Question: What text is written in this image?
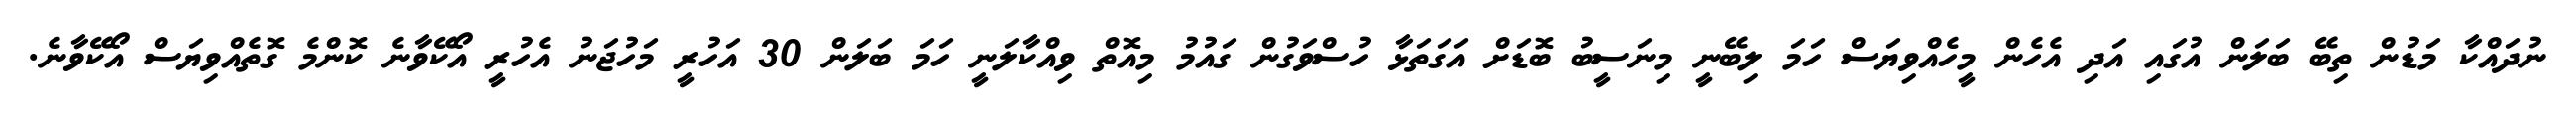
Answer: ނުދައްކާ މަޑުން ތިބޭ ބަލަން އުގައި އަދި އެހެން މީހެއްވިޔަސް ހަމަ ލިބޭނީ މިނަސީބު ބޮޑަށް އަގަތަޅާ ހުސްވަގުން ގައުމު މިއޮތް ވިއްކާލަނީ ހަމަ ބަލަން 30 އަހުރީ މަހުޖަނު އެހުރީ އޯކޭވާނެ ކޮންމެ ގޮތެއްވިޔަސް އޯކޭވާނެ.